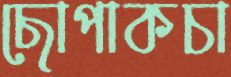
ছোপাকচা